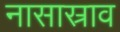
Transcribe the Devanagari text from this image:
नासास्राव